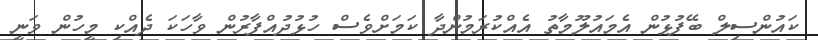
ކައުންސިލް ބޭފުޅުން އެމައުލޫމާތު އެއްކުރަމުންދާ ކަމަށްވެސް ހުޅުދުއްފާރުން ވާހަކަ ދެއްކި މީހުން ވަނީ